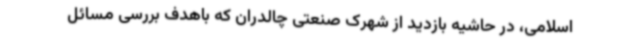
اسلامی، در حاشیه بازدید از شهرک صنعتی چالدران که باهدف بررسی مسائل